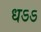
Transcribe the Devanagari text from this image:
धऽऽ